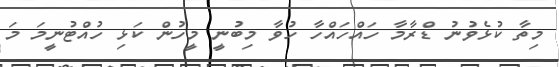
މިތާ ކުޅެވުނު ޑްރާމާ ހައްހައްހާ ހުވާ މިބުނީ މީހުން ކަޅި ހުއްޓުނީމަ މަ